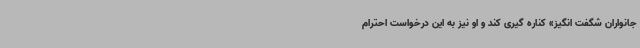
جانواران شگفت انگیز» کناره گیری کند و او نیز به این درخواست احترام